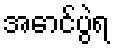
အောင်ပွဲရ